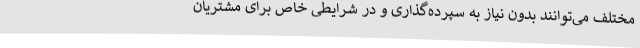
مختلف می‌توانند بدون نیاز به سپرده‌گذاری و در شرایطی خاص برای مشتریان